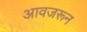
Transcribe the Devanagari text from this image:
आवजरून